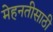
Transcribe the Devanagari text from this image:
मेहनतीसाठी